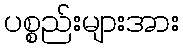
ပစ္စည်းများအား